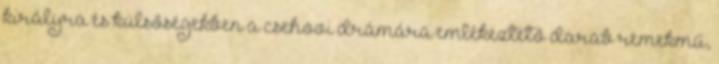
királyra és külsőségekben a csehovi drámára emlékeztető darab remekmű,